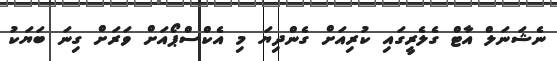
ނެޝަނަލް އާޓް ގެލެރީގައި ކުރިއަށް ގެންދިޔަ މި އެކްސްޕޯއަށް ވަރަށް ގިނަ ބަޔަކު